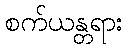
စက်ယန္တရား